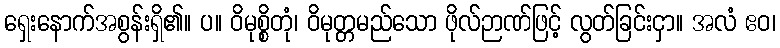
ရှေးနောက်အစွန်းရှိ၏။ ပ။ ဝိမုစ္စိတုံ၊ ဝိမုတ္တမည်သော ဖိုလ်ဉာဏ်ဖြင့် လွတ်ခြင်းငှာ။ အလံ ဧဝ၊